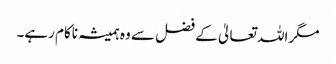
مگراللہ تعالیٰ کے فضل سے وہ ہمیشہ ناکام رہے۔